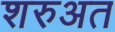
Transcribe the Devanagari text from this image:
शरुअत